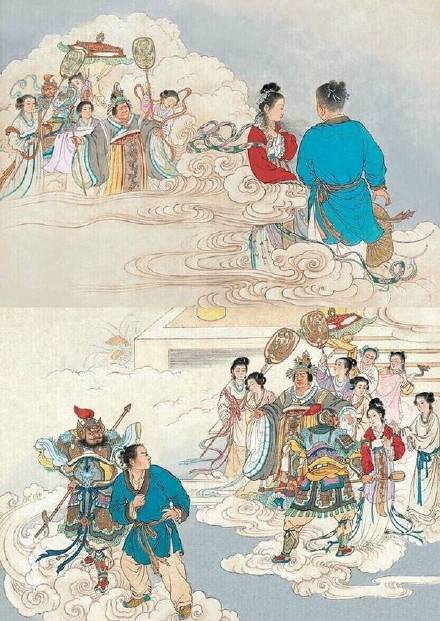
金风玉露一相逢，便胜却人间无数。